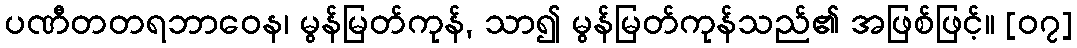
ပဏီတတရဘာဝေန၊ မွန်မြတ်ကုန်, သာ၍ မွန်မြတ်ကုန်သည်၏ အဖြစ်ဖြင့်။ [၀၇]